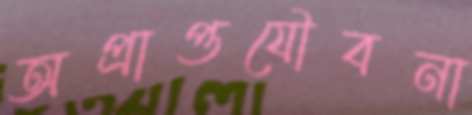
অপ্রাপ্তযৌবনা